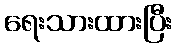
ရေးသားထားပြီး